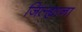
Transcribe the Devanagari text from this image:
जिल्ह्याना